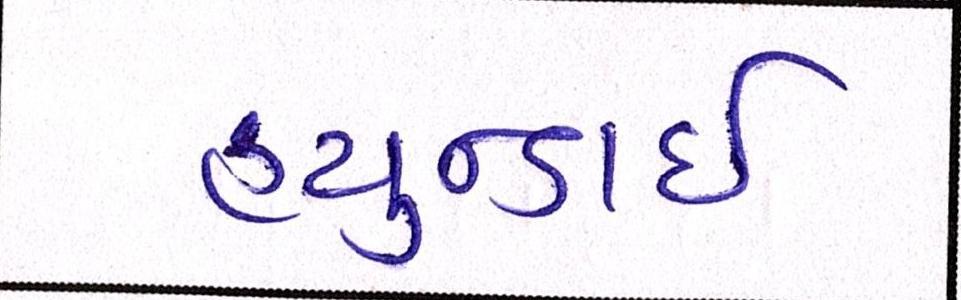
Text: હ્યુન્ડાઇ